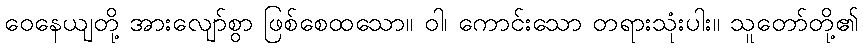
ဝေနေယျတို့ အားလျော်စွာ ဖြစ်စေထသော။ ဝါ၊ ကောင်းသော တရားသုံးပါး။ သူတော်တို့၏